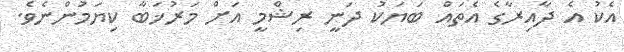
އެކު އެ ދާއިރާގެ އެތައް ބަޔަކު ދަނީ ރިޝްމީ އަށް މަރުޚަބާ ކިޔަމުންނެވެ.